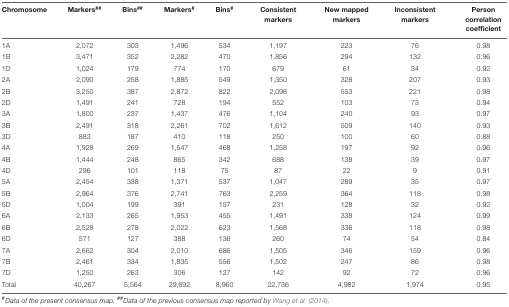
<table><thead><tr><td><b>Chromosome</b></td><td><b>Markers<sup>##</sup></b></td><td><b>Bins<sup>##</sup></b></td><td><b>Markers<sup>#</sup></b></td><td><b>Bins<sup>#</sup></b></td><td><b>Consistent markers</b></td><td><b>New mapped markers</b></td><td><b>Inconsistent markers</b></td><td><b>Person correlation coefficient</b></td></tr></thead><tbody><tr><td>1A</td><td>2,072</td><td>303</td><td>1,496</td><td>534</td><td>1,197</td><td>223</td><td>76</td><td>0.98</td></tr><tr><td>1B</td><td>3,471</td><td>352</td><td>2,282</td><td>470</td><td>1,856</td><td>294</td><td>132</td><td>0.96</td></tr><tr><td>1D</td><td>1,024</td><td>179</td><td>774</td><td>170</td><td>679</td><td>61</td><td>34</td><td>0.92</td></tr><tr><td>2A</td><td>2,090</td><td>258</td><td>1,885</td><td>549</td><td>1,350</td><td>328</td><td>207</td><td>0.93</td></tr><tr><td>2B</td><td>3,250</td><td>387</td><td>2,872</td><td>822</td><td>2,098</td><td>553</td><td>221</td><td>0.98</td></tr><tr><td>2D</td><td>1,491</td><td>241</td><td>728</td><td>194</td><td>552</td><td>103</td><td>73</td><td>0.94</td></tr><tr><td>3A</td><td>1,800</td><td>237</td><td>1,437</td><td>476</td><td>1,104</td><td>240</td><td>93</td><td>0.97</td></tr><tr><td>3B</td><td>2,491</td><td>318</td><td>2,261</td><td>702</td><td>1,612</td><td>509</td><td>140</td><td>0.93</td></tr><tr><td>3D</td><td>883</td><td>187</td><td>410</td><td>118</td><td>250</td><td>100</td><td>60</td><td>0.88</td></tr><tr><td>4A</td><td>1,928</td><td>269</td><td>1,547</td><td>468</td><td>1,258</td><td>197</td><td>92</td><td>0.96</td></tr><tr><td>4B</td><td>1,444</td><td>248</td><td>865</td><td>342</td><td>688</td><td>138</td><td>39</td><td>0.97</td></tr><tr><td>4D</td><td>296</td><td>101</td><td>118</td><td>75</td><td>87</td><td>22</td><td>9</td><td>0.91</td></tr><tr><td>5A</td><td>2,454</td><td>338</td><td>1,371</td><td>537</td><td>1,047</td><td>289</td><td>35</td><td>0.97</td></tr><tr><td>5B</td><td>2,964</td><td>376</td><td>2,741</td><td>763</td><td>2,259</td><td>364</td><td>118</td><td>0.98</td></tr><tr><td>5D</td><td>1,004</td><td>199</td><td>391</td><td>157</td><td>231</td><td>128</td><td>32</td><td>0.92</td></tr><tr><td>6A</td><td>2,133</td><td>265</td><td>1,953</td><td>455</td><td>1,491</td><td>338</td><td>124</td><td>0.99</td></tr><tr><td>6B</td><td>2,528</td><td>278</td><td>2,022</td><td>623</td><td>1,568</td><td>336</td><td>118</td><td>0.98</td></tr><tr><td>6D</td><td>571</td><td>127</td><td>388</td><td>136</td><td>260</td><td>74</td><td>54</td><td>0.84</td></tr><tr><td>7A</td><td>2,662</td><td>304</td><td>2,010</td><td>686</td><td>1,505</td><td>346</td><td>159</td><td>0.96</td></tr><tr><td>7B</td><td>2,461</td><td>334</td><td>1,835</td><td>556</td><td>1,502</td><td>247</td><td>86</td><td>0.98</td></tr><tr><td>7D</td><td>1,250</td><td>263</td><td>306</td><td>127</td><td>142</td><td>92</td><td>72</td><td>0.96</td></tr><tr><td>Total</td><td>40,267</td><td>5,564</td><td>29,692</td><td>8,960</td><td>22,736</td><td>4,982</td><td>1,974</td><td>0.95</td></tr></tbody></table>